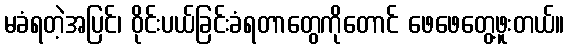
မခံရတဲ့အပြင်၊ ဝိုင်းပယ်ခြင်းခံရတာတွေကိုတောင် ဖေဖေတွေ့ဖူးတယ်။